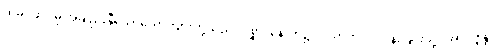
ထိုမဂ်ဖိုလ်မှ အချည်းနှီသောယောကျ်ားတို့သည်။ ပစ္ဆာ၊ နောက်၌။ ဝိဃာတံ၊ ပင်ပန်းခြင်းသို့။ အာပဇ္ဇန္တိ၊